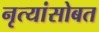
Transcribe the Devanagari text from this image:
नृत्यांसोबत